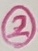
Text: 2